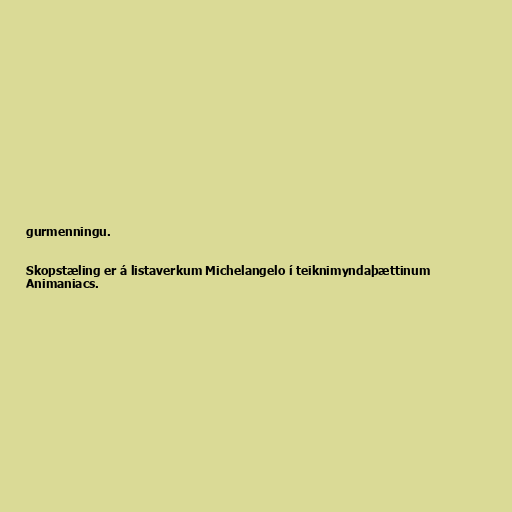
gurmenningu.

Skopstæling er á listaverkum Michelangelo í teiknimyndaþættinum
Animaniacs.